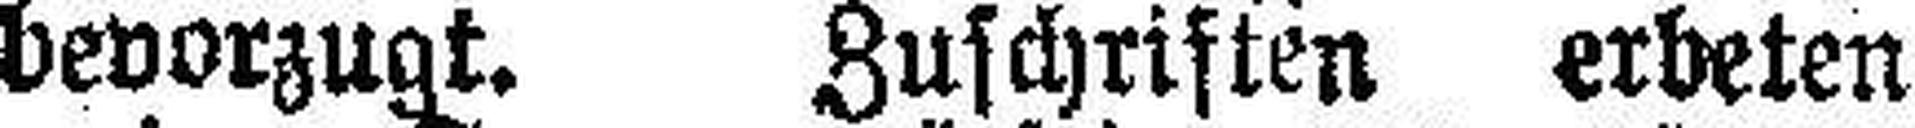
bevorzugt. Zuschriften erbeten